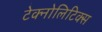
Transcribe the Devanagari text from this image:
टेक्नोलिटिक्स